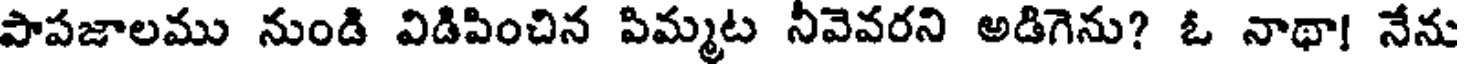
పాపజాలము నుండి విడిపించిన పిమ్మట నీవెవరని అడిగెను? ఓ నాథా! నేను